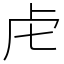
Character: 虍